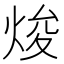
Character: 焌